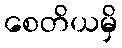
စေတိယမှိ